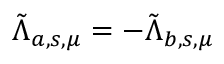
\tilde { \Lambda } _ { a , s , \mu } = - \tilde { \Lambda } _ { b , s , \mu }